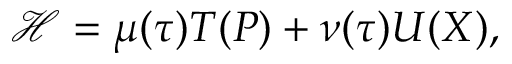
\mathcal { H } = \mu ( \tau ) T ( \ensuremath { \boldsymbol { P } } ) + \nu ( \tau ) U ( \ensuremath { \boldsymbol { X } } ) ,